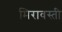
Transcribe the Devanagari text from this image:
मिरावस्ती